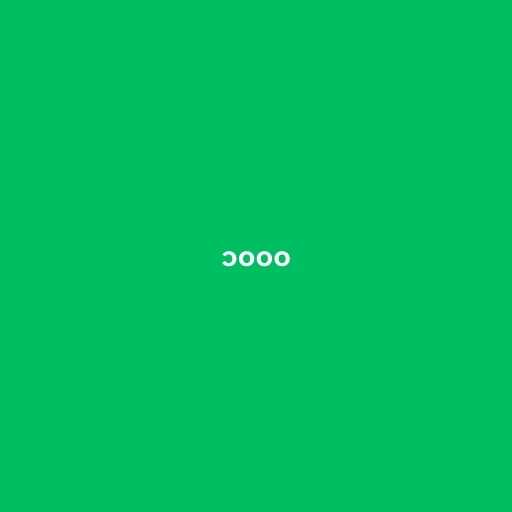
၁၀၀၀